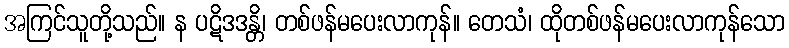
အကြင်သူတို့သည်။ န ပဋိဒဒန္တိ၊ တစ်ဖန်မပေးလာကုန်။ တေသံ၊ ထိုတစ်ဖန်မပေးလာကုန်သော